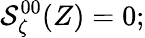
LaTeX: {\cal S}_{\zeta}^{00}(Z)=0;